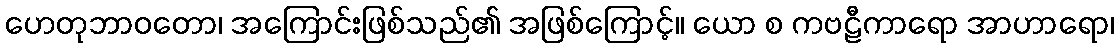
ဟေတုဘာဝတော၊ အကြောင်းဖြစ်သည်၏ အဖြစ်ကြောင့်။ ယော စ ကဗဠီကာရော အာဟာရော၊